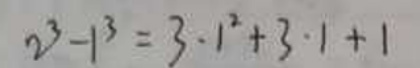
\[
2^{3}-1^{3}=3\cdot1^{2}+3\cdot1 + 1
\]